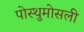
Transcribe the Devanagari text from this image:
पोस्थुमोसली